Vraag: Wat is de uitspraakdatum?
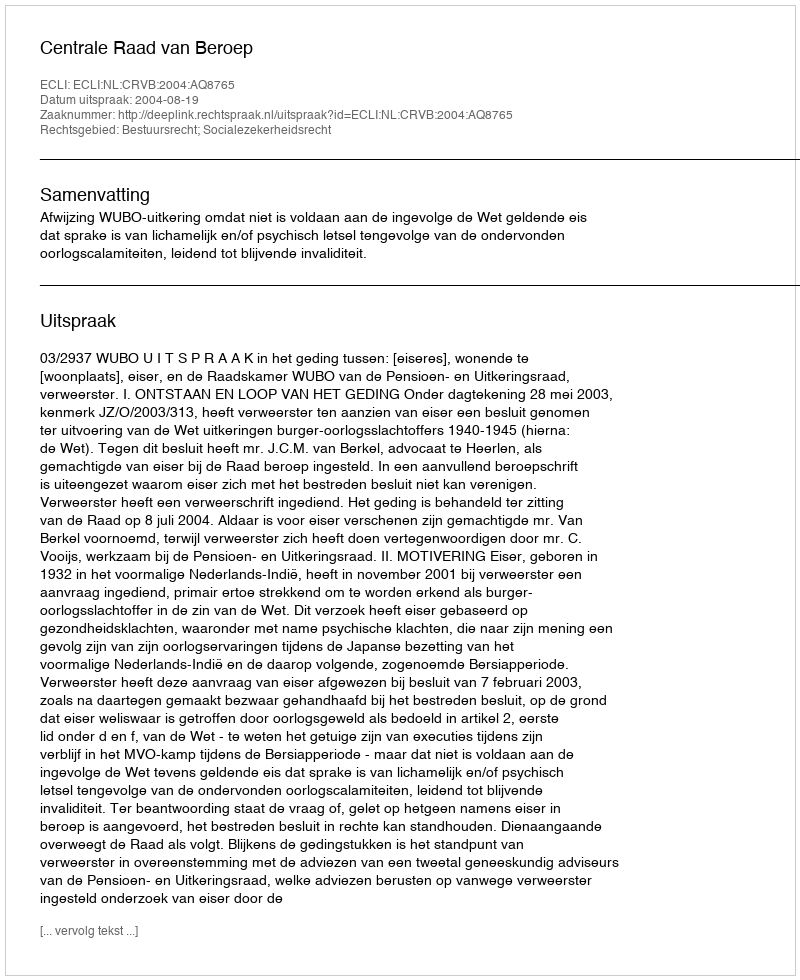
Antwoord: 2004-08-19